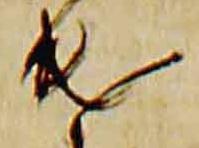
遣